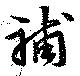
補